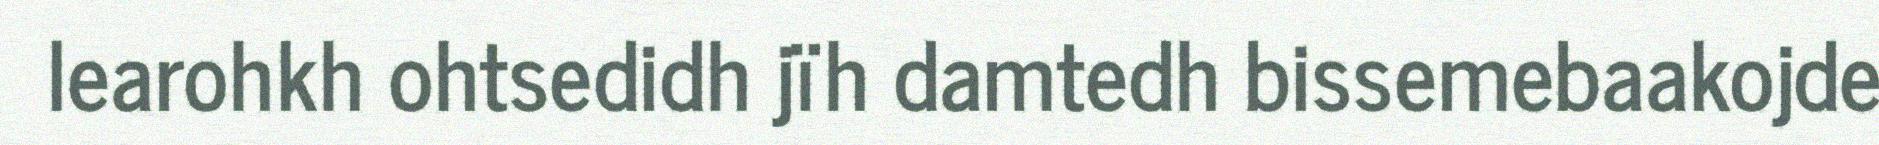
learohkh ohtsedidh jïh damtedh bissemebaakojde